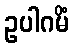
ဥပါဂမိံ